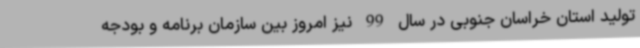
تولید استان خراسان جنوبی در سال 99 نیز امروز بین سازمان برنامه و بودجه